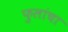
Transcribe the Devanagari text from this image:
फ़ुलांचा